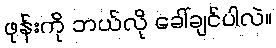
ဖုန်းကို ဘယ်လို ခေါ်ချင်ပါလဲ။